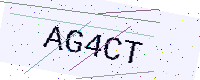
Text: AG4CT